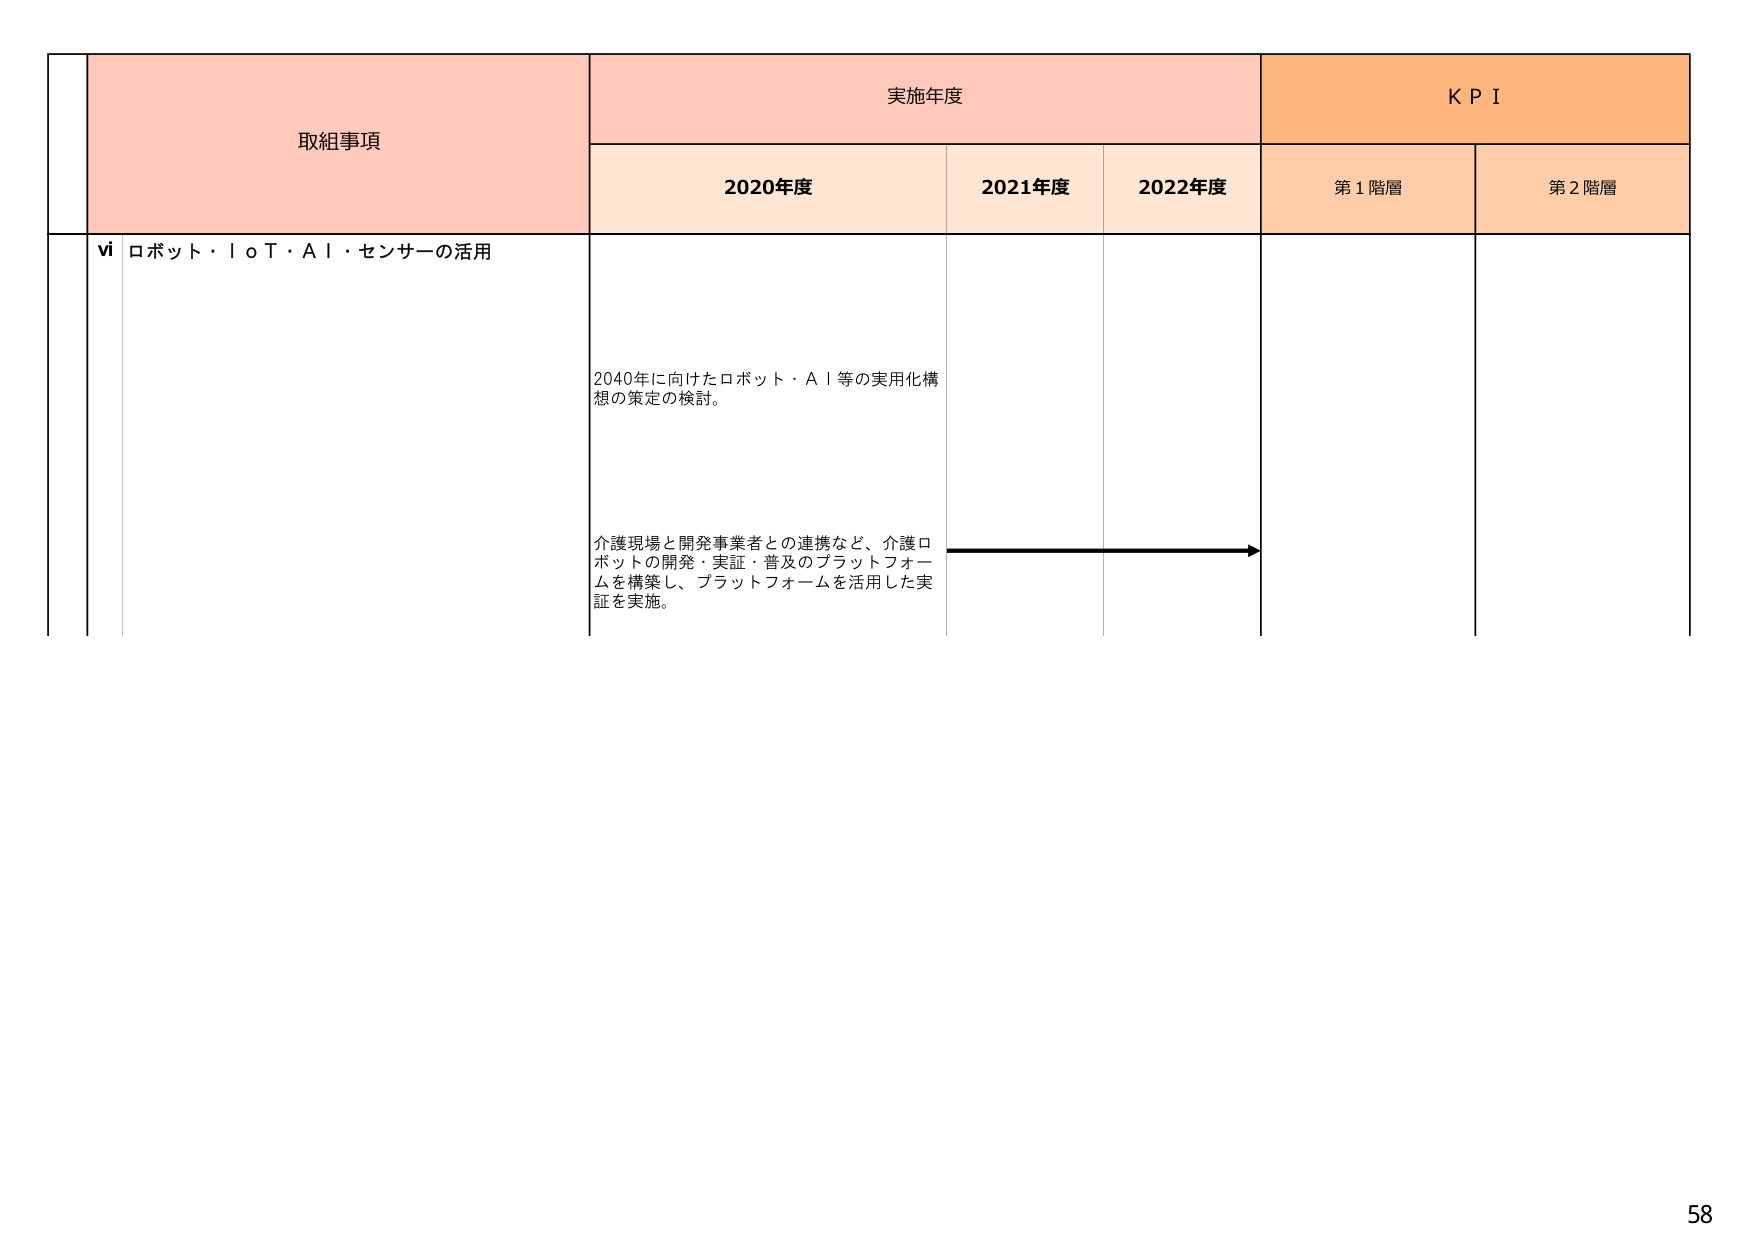
取組事項
実施年度
K P I
2020年度
2021年度
2022年度
第1階層
第2階層
vi ロボット・ＩｏＴ・ＡＩ・センサーの活用
2040年に向けたロボット・ＡＩ等の実用化構想の策定の検討。
介護現場と開発事業者との連携など、介護ロボットの開発・実証・普及のプラットフォームを構築し、プラットフォームを活用した実証を実施。
58